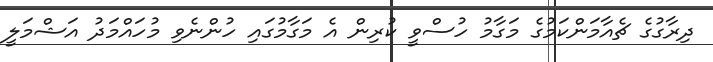
ދިރާގުގެ ޗެއާމަންކަމުގެ މަގާމު ހުސްވީ ކުރިން އެ މަގާމުގައި ހުންނެވި މުހައްމަދު އަޝްމަލީ